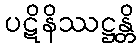
ပဋိနိဿဋ္ဌန္တိ